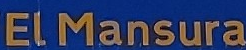
ELMansura